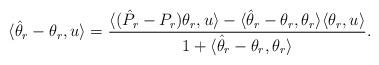
LaTeX: \begin{align*}\langle \hat \theta_r-\theta_r,u\rangle= \frac{\langle (\hat P_r-P_r)\theta_r,u\rangle-\langle \hat \theta_r-\theta_r, \theta_r \rangle \langle \theta_r, u\rangle}{1+\langle \hat \theta_r-\theta_r, \theta_r\rangle}.\end{align*}